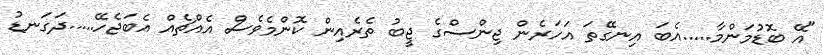
"އޭ ބޮޑުމަންމާ.....އެބަ އިނގޭތަ އަހަރެން ޖިންސްގެ ޖީބު ތެރެއިން ކޮންމެވެސް އެއްޗެއް އެބަޖެހޭ.....ދަގަނޑު